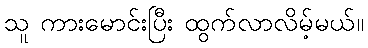
သူ ကားမောင်းပြီး ထွက်လာလိမ့်မယ်။